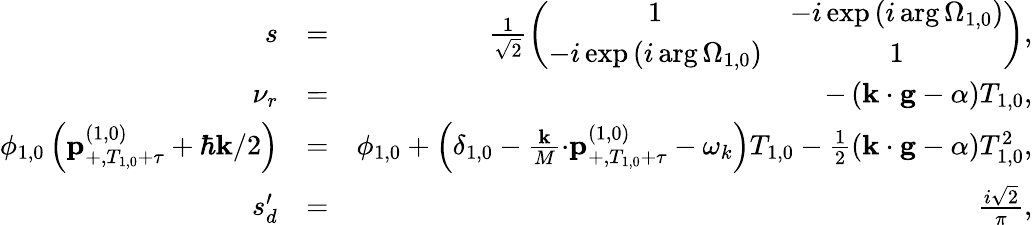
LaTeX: \begin{array}{rlr}{s}&{=}&{\frac{1}{\sqrt{2}}\left(\begin{array}{cc}{1}&{-i\exp\left(i\arg\Omega_{1,0}\right)}\\ {-i\exp\left(i\arg\Omega_{1,0}\right)}&{1}\end{array}\right),}\\ {\nu_{r}}&{=}&{-\left(\mathbf{k\cdot g}-\alpha\right)T_{1,0},}\\ {\phi_{1,0}\left(\mathbf{p}_{+,T_{1,0}+\tau}^{\left(1,0\right)}+\hbar\mathbf{k}/2\right)}&{=}&{\phi_{1,0}+\left(\delta_{1,0}-\frac{\mathbf{k}}{M}\mathbf{\cdot p}_{+,T_{1,0}+\tau}^{\left(1,0\right)}-\omega_{k}\right)T_{1,0}-\frac{1}{2}\left(\mathbf{k\cdot g}-\alpha\right)T_{1,0}^{2},}\\ {s_{d}^{\prime}}&{=}&{\frac{i\sqrt{2}}{\pi},}\end{array}